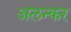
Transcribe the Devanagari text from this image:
अलन्कर